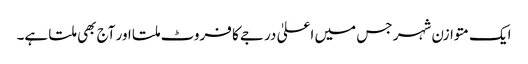
ایک متوازن شہر جس میں اعلیٰ درجے کا فروٹ ملتا اور آج بھی ملتا ہے۔